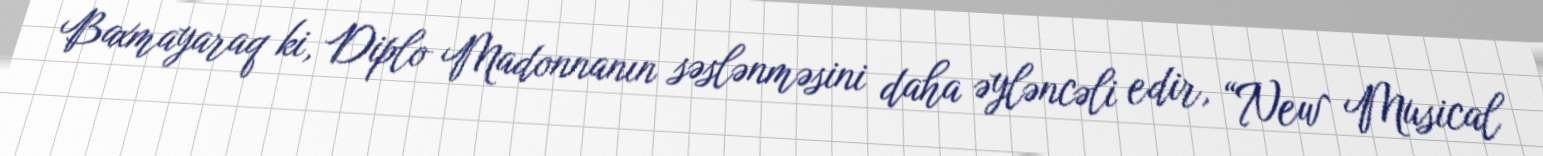
Baxmayaraq ki, Diplo Madonnanın səslənməsini daha əyləncəli edir, “New Musical